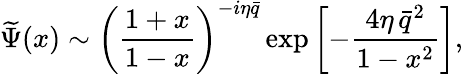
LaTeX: \widetilde\Psi(x)\sim\left(\frac{1+x}{1-x}\right)^{-i\eta\bar{q}}\exp\left[-\frac{4\eta\, \bar{q}^{2}}{1-x^{2}}\right],